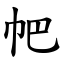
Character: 帊